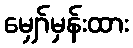
မျှော်မှန်းထား